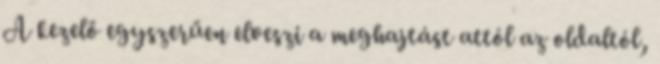
A kezelő egyszerűen elveszi a meghajtást attól az oldaltól,